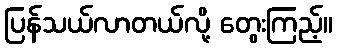
ပြန်သယ်လာတယ်လို့ တွေးကြည့်။